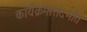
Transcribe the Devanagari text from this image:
कार्यक्रमासंदर्भात